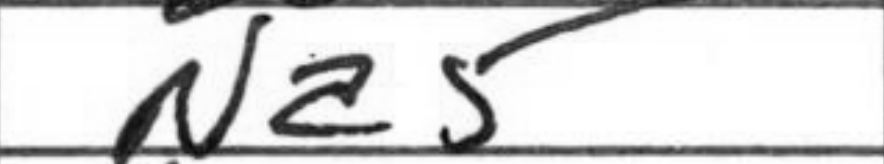
Transcription: Na5